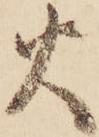
火